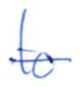
Text: to
Cross-out: single-line
Writing tool: ballpoint